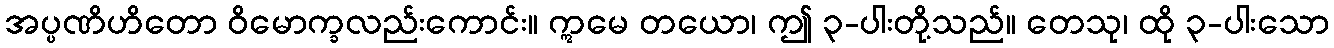
အပ္ပဏိဟိတော ဝိမောက္ခလည်းကောင်း။ ဣမေ တယော၊ ဤ ၃-ပါးတို့သည်။ တေသု၊ ထို ၃-ပါးသော